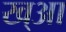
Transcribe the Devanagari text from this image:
ख्आ